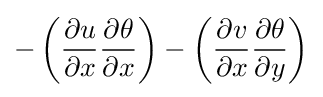
-\left({\frac {\partial u}{\partial x}}{\frac {\partial \theta }{\partial x}}\right)-\left({\frac {\partial v}{\partial x}}{\frac {\partial \theta }{\partial y}}\right)